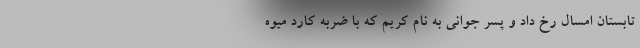
تابستان امسال رخ داد و پسر جوانی به‌ نام کریم که با ضربه کارد میوه